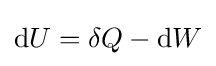
{\textstyle \mathrm {d} U=\delta Q-\mathrm {d} W}